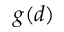
g ( d )